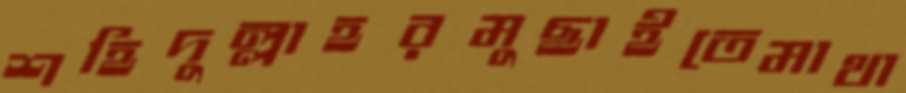
শহিদুল্লাহরমুছাইতেমাথা